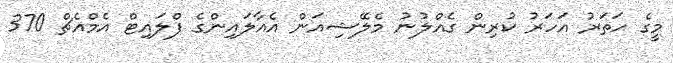
މީގެ ހަތަރު އަހަރު ކުރިން ގެއްލުނު މެލޭޝިއަން އެއާލައިންގެ ފްލައިޓް އެމްއެޗް 370